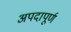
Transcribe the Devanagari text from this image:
अपदापूर्ण